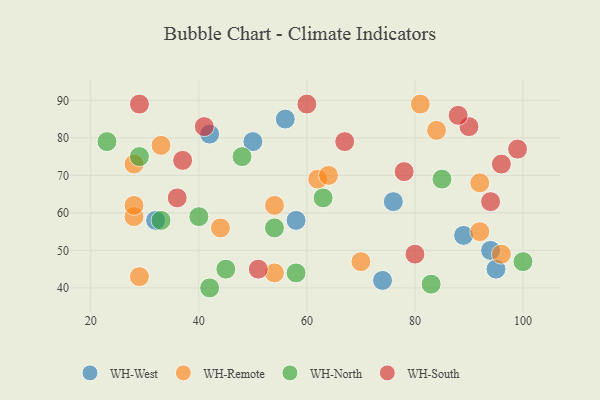
{"axis": {"x": "GDP", "y": "Life Expectancy"}, "legend": ["WH-North", "WH-Remote", "WH-South", "WH-West"], "data": [{"x": "56", "y": 85, "type": "WH-West"}, {"x": "89", "y": 54, "type": "WH-West"}, {"x": "76", "y": 63, "type": "WH-West"}, {"x": "94", "y": 50, "type": "WH-West"}, {"x": "58", "y": 58, "type": "WH-West"}, {"x": "95", "y": 45, "type": "WH-West"}, {"x": "74", "y": 42, "type": "WH-West"}, {"x": "50", "y": 79, "type": "WH-West"}, {"x": "32", "y": 58, "type": "WH-West"}, {"x": "42", "y": 81, "type": "WH-West"}, {"x": "70", "y": 47, "type": "WH-Remote"}, {"x": "54", "y": 44, "type": "WH-Remote"}, {"x": "62", "y": 69, "type": "WH-Remote"}, {"x": "29", "y": 43, "type": "WH-Remote"}, {"x": "54", "y": 62, "type": "WH-Remote"}, {"x": "96", "y": 49, "type": "WH-Remote"}, {"x": "28", "y": 59, "type": "WH-Remote"}, {"x": "33", "y": 78, "type": "WH-Remote"}, {"x": "81", "y": 89, "type": "WH-Remote"}, {"x": "28", "y": 62, "type": "WH-Remote"}, {"x": "64", "y": 70, "type": "WH-Remote"}, {"x": "92", "y": 68, "type": "WH-Remote"}, {"x": "28", "y": 73, "type": "WH-Remote"}, {"x": "92", "y": 55, "type": "WH-Remote"}, {"x": "84", "y": 82, "type": "WH-Remote"}, {"x": "44", "y": 56, "type": "WH-Remote"}, {"x": "23", "y": 79, "type": "WH-North"}, {"x": "29", "y": 75, "type": "WH-North"}, {"x": "58", "y": 44, "type": "WH-North"}, {"x": "54", "y": 56, "type": "WH-North"}, {"x": "42", "y": 40, "type": "WH-North"}, {"x": "85", "y": 69, "type": "WH-North"}, {"x": "100", "y": 47, "type": "WH-North"}, {"x": "40", "y": 59, "type": "WH-North"}, {"x": "33", "y": 58, "type": "WH-North"}, {"x": "83", "y": 41, "type": "WH-North"}, {"x": "45", "y": 45, "type": "WH-North"}, {"x": "63", "y": 64, "type": "WH-North"}, {"x": "48", "y": 75, "type": "WH-North"}, {"x": "51", "y": 45, "type": "WH-South"}, {"x": "90", "y": 83, "type": "WH-South"}, {"x": "94", "y": 63, "type": "WH-South"}, {"x": "80", "y": 49, "type": "WH-South"}, {"x": "41", "y": 83, "type": "WH-South"}, {"x": "37", "y": 74, "type": "WH-South"}, {"x": "29", "y": 89, "type": "WH-South"}, {"x": "36", "y": 64, "type": "WH-South"}, {"x": "88", "y": 86, "type": "WH-South"}, {"x": "67", "y": 79, "type": "WH-South"}, {"x": "60", "y": 89, "type": "WH-South"}, {"x": "78", "y": 71, "type": "WH-South"}, {"x": "99", "y": 77, "type": "WH-South"}, {"x": "96", "y": 73, "type": "WH-South"}]}